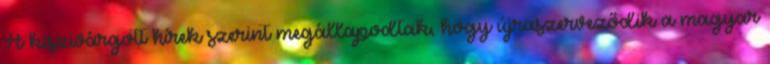
A kiszivárgott hírek szerint megállapodtak, hogy újraszerveződik a magyar